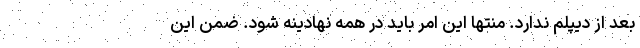
بعد از دیپلم ندارد. منتها این امر باید در همه نهادینه شود. ضمن این